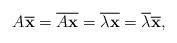
LaTeX: \begin{align*}A{\bf \overline{x}}=\overline{A{\bf x}}=\overline{\lambda {\bf x}}=\overline{\lambda} {\bf \overline{x}},\end{align*}